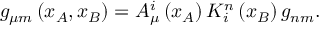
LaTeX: g _ { \mu m } \left( x _ { A } , x _ { B } \right) = A _ { \mu } ^ { i } \left( x _ { A } \right) K _ { i } ^ { n } \left( x _ { B } \right) g _ { n m } .